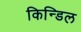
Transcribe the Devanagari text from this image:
किन्डिल